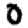
Digit: 0